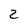
Character: 2